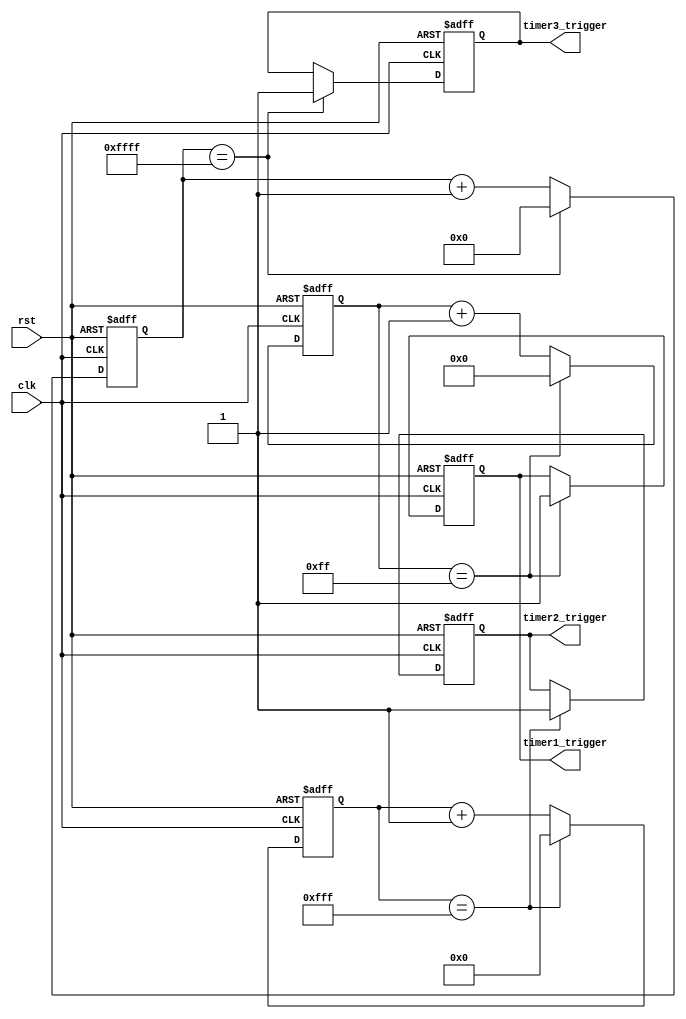
module Multirate_timer (
    input wire clk,
    input wire rst,
    output reg timer1_trigger,
    output reg timer2_trigger,
    output reg timer3_trigger
);

reg [7:0] count1;
reg [11:0] count2;
reg [15:0] count3;

always @(posedge clk or posedge rst) begin
    if (rst) begin
        count1 <= 8'b0;
        count2 <= 12'b0;
        count3 <= 16'b0;
        timer1_trigger <= 1'b0;
        timer2_trigger <= 1'b0;
        timer3_trigger <= 1'b0;
    end else begin
        count1 <= count1 + 1;
        count2 <= count2 + 1;
        count3 <= count3 + 1;
        
        if (count1 == 8'd255) begin
            count1 <= 8'b0;
            timer1_trigger <= 1'b1;
        end
        
        if (count2 == 12'd4095) begin
            count2 <= 12'b0;
            timer2_trigger <= 1'b1;
        end
        
        if (count3 == 16'd65535) begin
            count3 <= 16'b0;
            timer3_trigger <= 1'b1;
        end
    end
end

endmodule